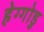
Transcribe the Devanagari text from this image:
हेग्गोडु